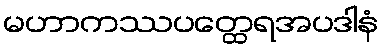
မဟာကဿပတ္ထေရအပဒါနံ